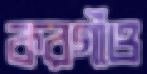
করগাঁও